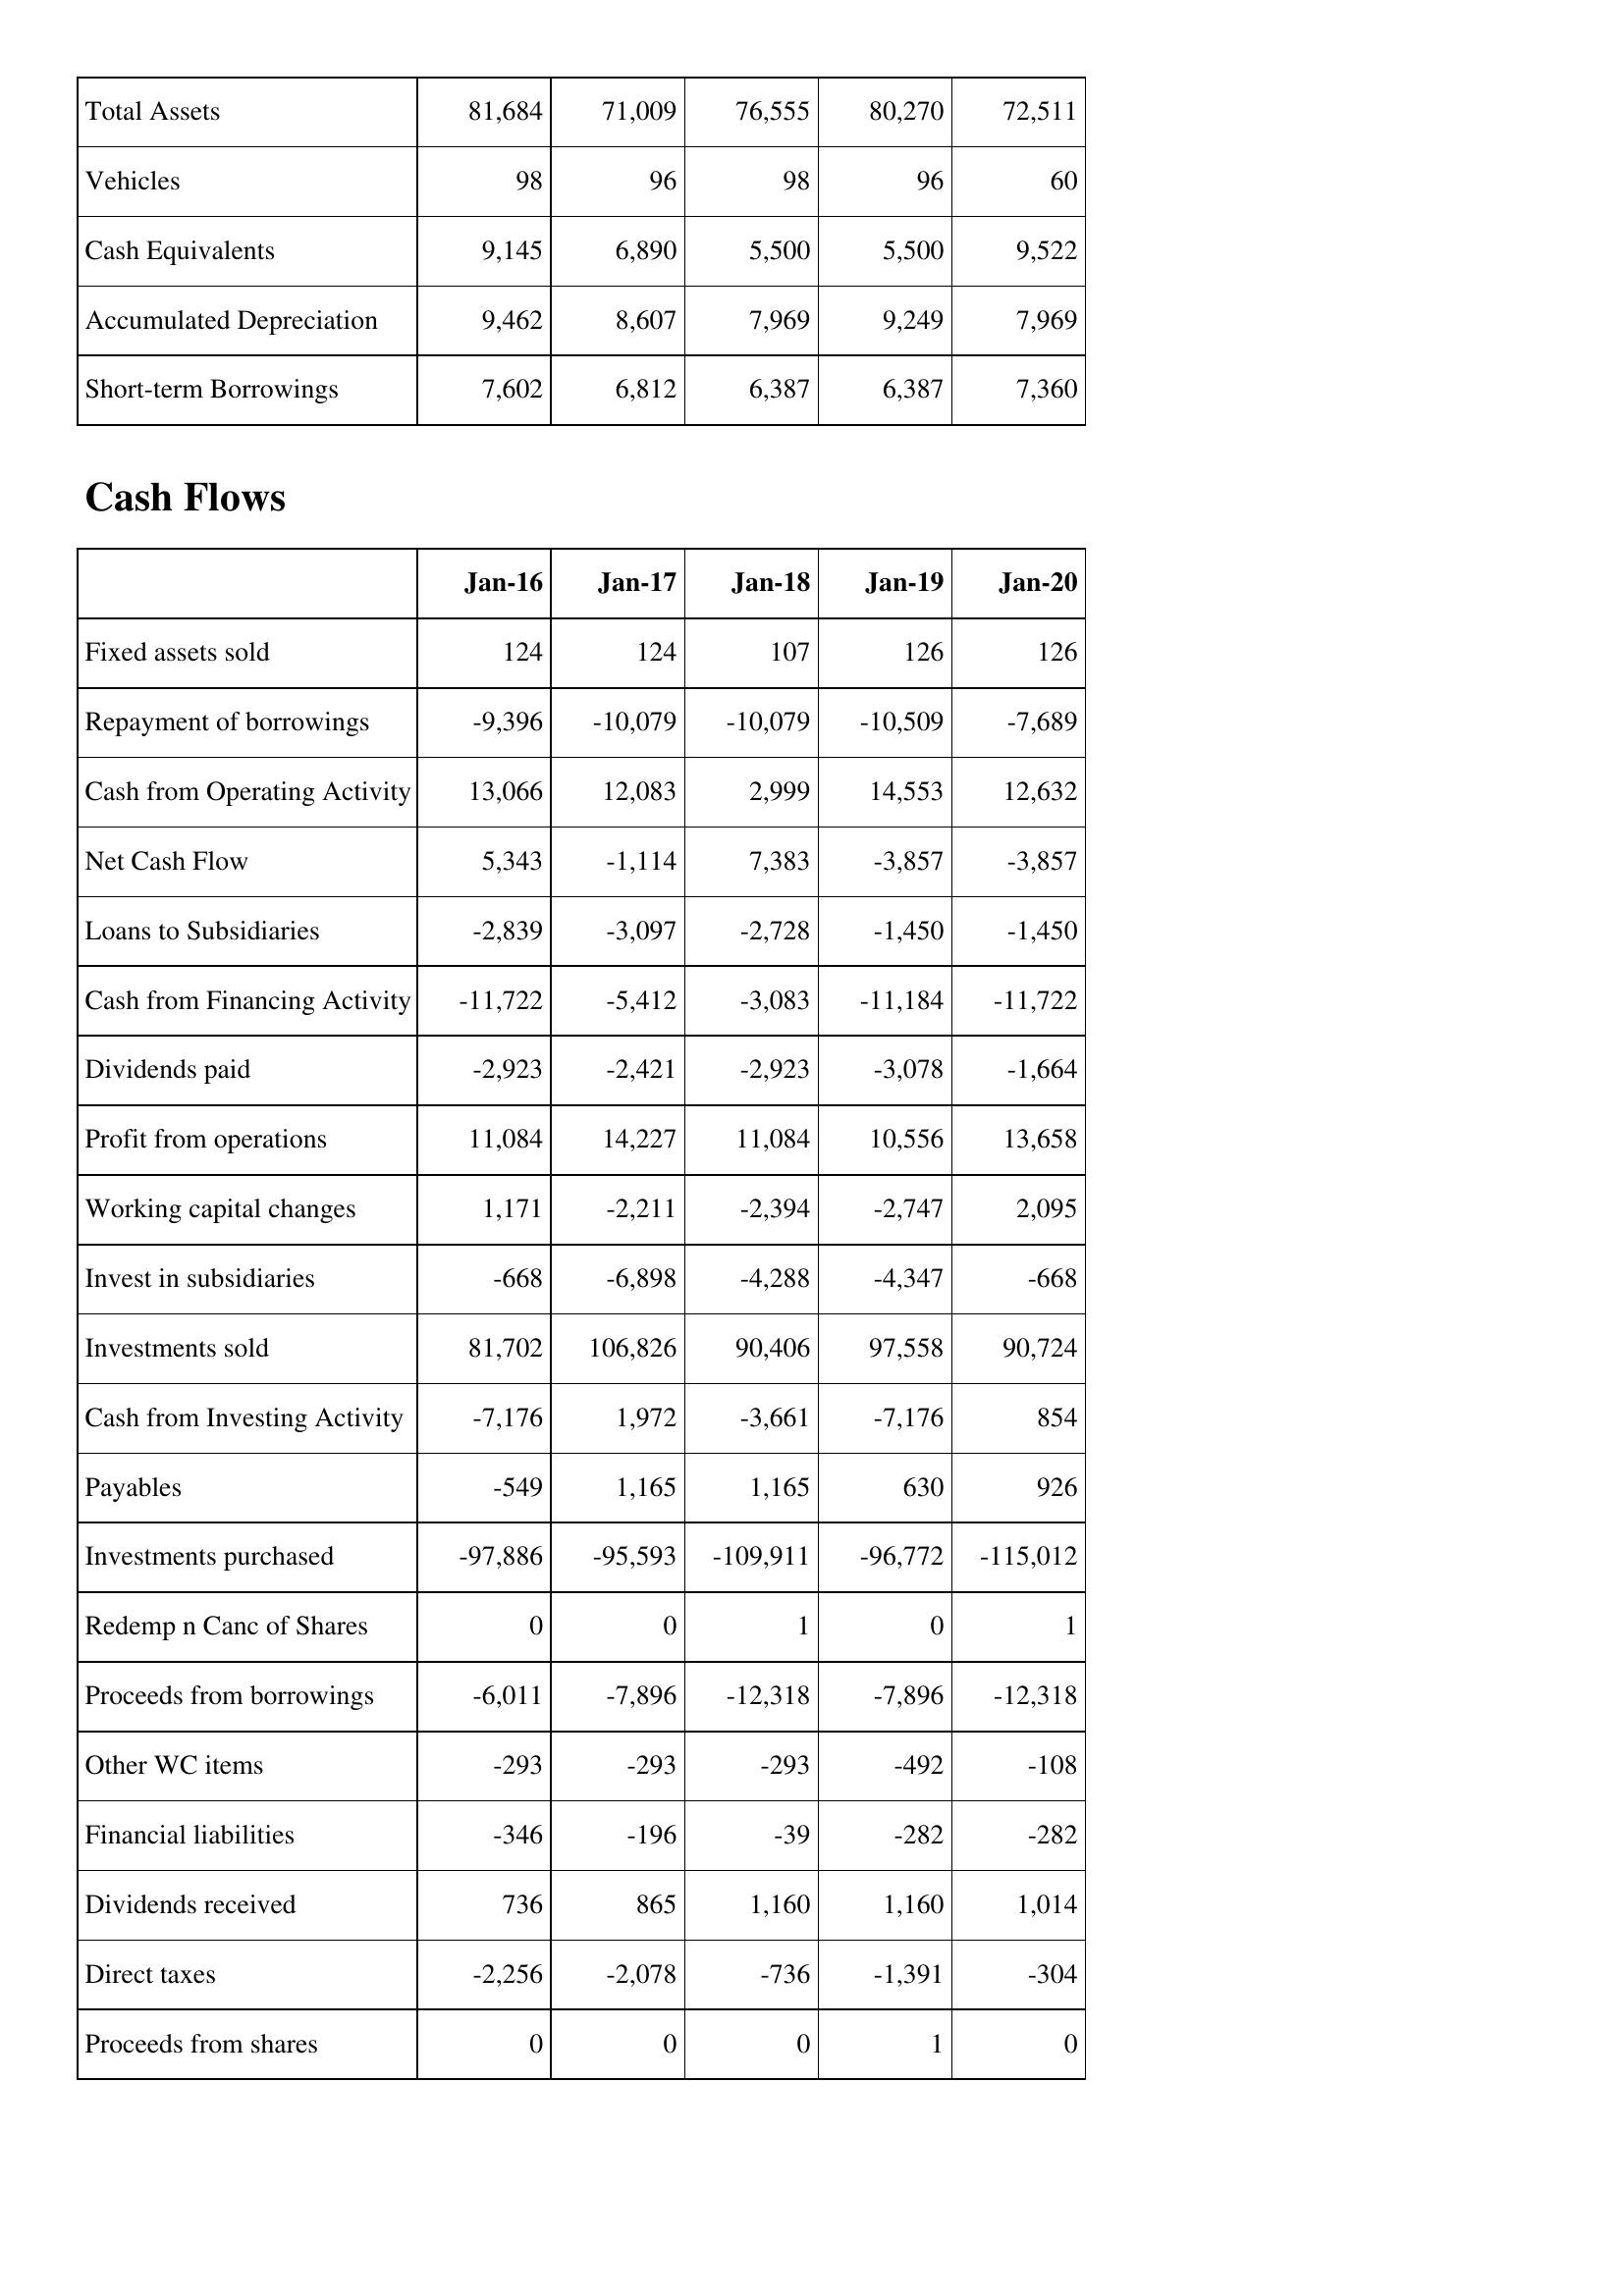
Jan-16: Balance Sheet: Total Assets: 81,684
Vehicles: 98
Cash Equivalents: 9,145
Accumulated Depreciation: 9,462
Short-term Borrowings: 7,602
Cash Flows: Fixed assets sold: 124
Repayment of borrowings: -9,396
Cash from Operating Activity: 13,066
Net Cash Flow: 5,343
Loans to Subsidiaries: -2,839
Cash from Financing Activity: -11,722
Dividends paid: -2,923
Profit from operations: 11,084
Working capital changes: 1,171
Invest in subsidiaries: -668
Investments sold: 81,702
Cash from Investing Activity: -7,176
Payables: -549
Investments purchased: -97,886
Redemp n Canc of Shares: 0
Proceeds from borrowings: -6,011
Other WC items: -293
Financial liabilities: -346
Dividends received: 736
Direct taxes: -2,256
Proceeds from shares: 0
Jan-17: Balance Sheet: Total Assets: 71,009
Vehicles: 96
Cash Equivalents: 6,890
Accumulated Depreciation: 8,607
Short-term Borrowings: 6,812
Cash Flows: Fixed assets sold: 124
Repayment of borrowings: -10,079
Cash from Operating Activity: 12,083
Net Cash Flow: -1,114
Loans to Subsidiaries: -3,097
Cash from Financing Activity: -5,412
Dividends paid: -2,421
Profit from operations: 14,227
Working capital changes: -2,211
Invest in subsidiaries: -6,898
Investments sold: 106,826
Cash from Investing Activity: 1,972
Payables: 1,165
Investments purchased: -95,593
Redemp n Canc of Shares: 0
Proceeds from borrowings: -7,896
Other WC items: -293
Financial liabilities: -196
Dividends received: 865
Direct taxes: -2,078
Proceeds from shares: 0
Jan-18: Balance Sheet: Total Assets: 76,555
Vehicles: 98
Cash Equivalents: 5,500
Accumulated Depreciation: 7,969
Short-term Borrowings: 6,387
Cash Flows: Fixed assets sold: 107
Repayment of borrowings: -10,079
Cash from Operating Activity: 2,999
Net Cash Flow: 7,383
Loans to Subsidiaries: -2,728
Cash from Financing Activity: -3,083
Dividends paid: -2,923
Profit from operations: 11,084
Working capital changes: -2,394
Invest in subsidiaries: -4,288
Investments sold: 90,406
Cash from Investing Activity: -3,661
Payables: 1,165
Investments purchased: -109,911
Redemp n Canc of Shares: 1
Proceeds from borrowings: -12,318
Other WC items: -293
Financial liabilities: -39
Dividends received: 1,160
Direct taxes: -736
Proceeds from shares: 0
Jan-19: Balance Sheet: Total Assets: 80,270
Vehicles: 96
Cash Equivalents: 5,500
Accumulated Depreciation: 9,249
Short-term Borrowings: 6,387
Cash Flows: Fixed assets sold: 126
Repayment of borrowings: -10,509
Cash from Operating Activity: 14,553
Net Cash Flow: -3,857
Loans to Subsidiaries: -1,450
Cash from Financing Activity: -11,184
Dividends paid: -3,078
Profit from operations: 10,556
Working capital changes: -2,747
Invest in subsidiaries: -4,347
Investments sold: 97,558
Cash from Investing Activity: -7,176
Payables: 630
Investments purchased: -96,772
Redemp n Canc of Shares: 0
Proceeds from borrowings: -7,896
Other WC items: -492
Financial liabilities: -282
Dividends received: 1,160
Direct taxes: -1,391
Proceeds from shares: 1
Jan-20: Balance Sheet: Total Assets: 72,511
Vehicles: 60
Cash Equivalents: 9,522
Accumulated Depreciation: 7,969
Short-term Borrowings: 7,360
Cash Flows: Fixed assets sold: 126
Repayment of borrowings: -7,689
Cash from Operating Activity: 12,632
Net Cash Flow: -3,857
Loans to Subsidiaries: -1,450
Cash from Financing Activity: -11,722
Dividends paid: -1,664
Profit from operations: 13,658
Working capital changes: 2,095
Invest in subsidiaries: -668
Investments sold: 90,724
Cash from Investing Activity: 854
Payables: 926
Investments purchased: -115,012
Redemp n Canc of Shares: 1
Proceeds from borrowings: -12,318
Other WC items: -108
Financial liabilities: -282
Dividends received: 1,014
Direct taxes: -304
Proceeds from shares: 0